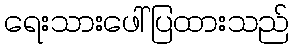
ရေးသားဖေါ်ပြထားသည်